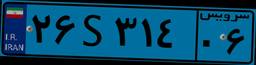
۰۸S۷۰۷۶۰